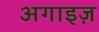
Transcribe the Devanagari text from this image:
अगाइज़